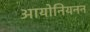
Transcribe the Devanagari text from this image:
आयोनियनन